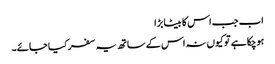
اب جب اس کا بیٹا بڑا
ہوچکا ہے تو کیوں نہ اس کے ساتھ یہ سفر کیا جائے۔